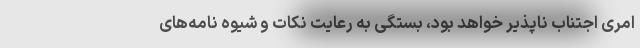
امری اجتناب ناپذیر خواهد بود، بستگی به رعایت نکات و شیوه نامه‌های